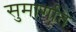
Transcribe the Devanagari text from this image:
सुमार्गाते